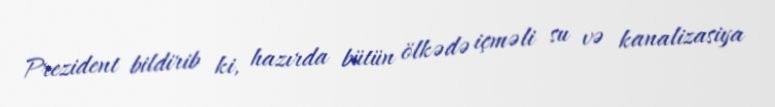
Prezident bildirib ki, hazırda bütün ölkədə içməli su və kanalizasiya